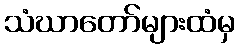
သံဃာတော်များထံမှ